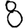
Digit: 8